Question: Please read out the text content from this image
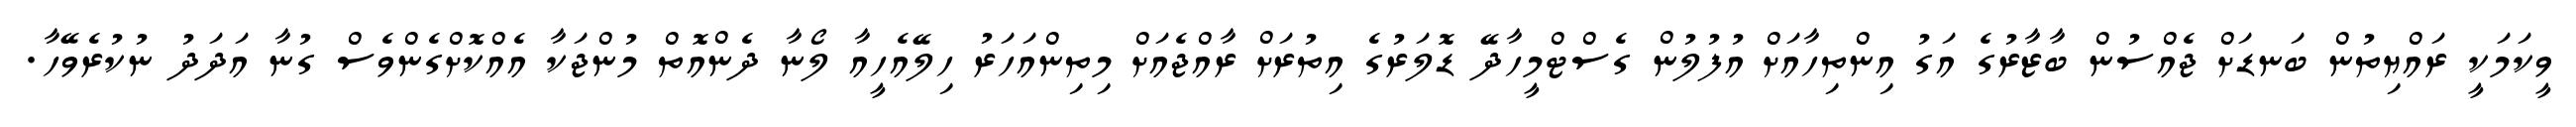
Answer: ވީކަމަކީ ރައްޔިތުން ބަނޑަށް ޖެއްސުން ބާޒާރުގެ އަގު އިންތިހާއަށް އުފުލުން ގެސްޓްމީހާދޭ ޑޮލަރުގެ އިތުރަށް ރާއްޖެއަށް މިތިންއަހަރު ހިލޭއެހީއާ ލޯނާ ދެންއޮތް މުންޖަކާ އެއްކޮށްގެންވެސް ގުނާ އަދަދު ނުކުރެވޭހާ.